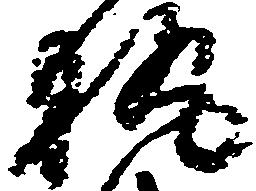
執